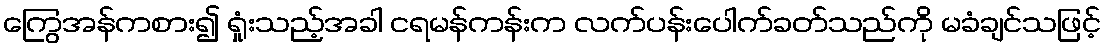
ကြွေအန်ကစား၍ ရှုံးသည့်အခါ ငရမန်ကန်းက လက်ပန်းပေါက်ခတ်သည်ကို မခံချင်သဖြင့်